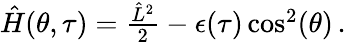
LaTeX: \begin{array}{r}{\hat{H}(\theta,\tau)=\frac{\hat{L}^{2}}{2}-\epsilon(\tau)\cos^{2}(\theta)\, .}\end{array}